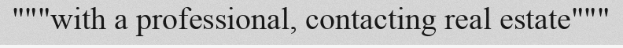
"""with a professional, contacting real estate"""